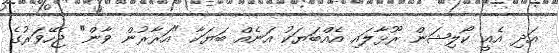
އަދި އެއީ ކޯލިޝަން ރޫޅާލައި އެއްބަޔަކު އަނެއް ބަޔަކާ "އަރާރުން ވާން" ޖެހޭވަރުގެ